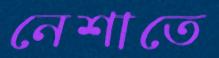
নেশাতে